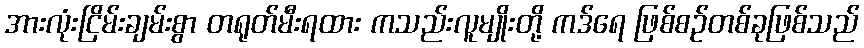
အားလုံးငြိမ်းချမ်းစွာ တရုတ်မီးရထား ကသည်းလူမျိုးတို့ ကဒ်ရေ ဖြစ်စဉ်တစ်ခုဖြစ်သည်